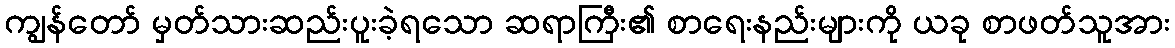
ကျွန်တော် မှတ်သားဆည်းပူးခဲ့ရသော ဆရာကြီး၏ စာရေးနည်းများကို ယခု စာဖတ်သူအား